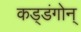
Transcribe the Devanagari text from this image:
कड्डंगोन्